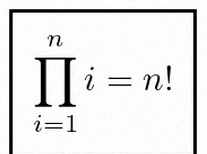
\prod_{i=1}^{n}i=n!